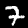
Label: 7